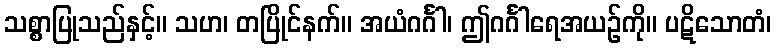
သစ္စာပြုသည်နှင့်။ သဟ၊ တပြိုင်နက်။ အယံဂင်္ဂါ၊ ဤဂင်္ဂါရေအယဉ်ကို။ ပဋိသောတံ၊